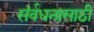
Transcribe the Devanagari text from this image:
संर्वधनासाठी